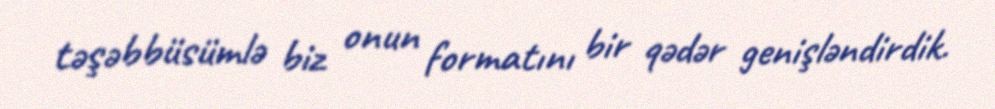
təşəbbüsümlə biz onun formatını bir qədər genişləndirdik.